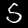
Label: 5